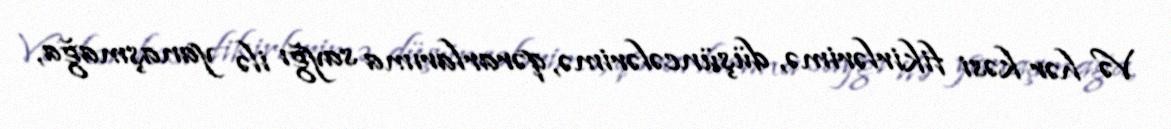
Və hər kəsi fikirlərimə, düşüncələrimə, qərarlarıma sayğı ilə yanaşmağa,